Punjab Mental Hospital Lahore 1932-46 - 1932-1946
Year: 1932
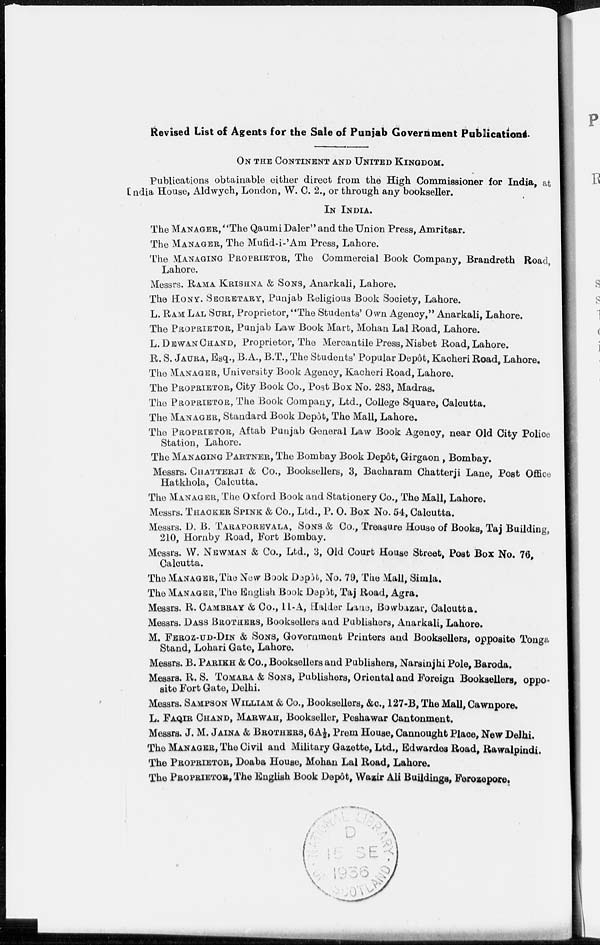
Revised List of Agents for the Sale of Punjab Government Publications.
ON THE CONTINENT AND UNITED KINGDOM.
Publications obtainable either direct from the High Commissioner for India, at
India House, Aldwych, London, W. C. 2., or through any bookseller.
IN INDIA.
The MANAGER, "The Qaumi Daler" and the Union Press, Amritsar.
The MANAGER, The Mufid-i-'Am Press, Lahore.
The MANAGING PROPRIETOR, The Commercial Book Company, Brandreth Road,
Lahore.
Messrs. RAMA KRISHNA & SONS, Anarkali, Lahore.
The HONY. SECRETARY Punjab Religious Book Society, Lahore.
L. RAM LAL SURI, Proprietor, "The Students' Own Agency," Anarkali, Lahore.
The PROPRIETOR, Punjab Law Book Mart, Mohan Lal Road, Lahore.
L. DEWAN CHAND, Proprietor, The Mercantile Press, Nisbet Road, Lahore.
R. S. JAURA, Esq., B.A., B.T., The Students' Popular Depôt, Kacheri Road, Lahore.
The MANAGER, University Book Agency, Kacheri Road, Lahore.
The PROPRIETOR, City Book Co., Post Box No. 283, Madras.
The PROPRIETOR, The Book Company, Ltd., College Square, Calcutta.
The MANAGER, Standard Book Depôt, The Mall, Lahore.
The PROPRIETOR, Aftab Punjab General Law Book Agency, near Old City Police
Station, Lahore.
The MANAGING PARTNER, The Bombay Book Depôt, Girgaon, Bombay.
Messrs. CHATTERJI & Co., Booksellers, 3, Bacharam Chatterji Lane, Post Office
Hatkhola, Calcutta.
The MANAGER, The Oxford Book and Stationery Co., The Mall, Lahore.
Messrs. THACKER SPINK & Co., Ltd., P.O. Box No. 54, Calcutta.
Messrs. D. B. TARAPOREVALA, SONS & Co., Treasure House of Books, Taj Building,
210, Hornby Road, Fort Bombay.
Messrs. W. NEWMAN & Co., Ltd., 3, Old Court House Street, Post Box No. 76,
Calcutta.
The MANAGER,The New Book Depôt, No. 79, The Mall, Simla.
The MANAGER,The English Book Depôt, Taj Road, Agra.
Messrs. R. CAMBRAY & Co., 11-A, Halder Lane, Bowbazar, Calcutta.
Messrs. DASS BROTHERS, Booksellers and Publishers, Anarkali, Lahore.
M. FEROZ-UD-DIN & SONS, Government Printers and Booksellers, opposite Tonga
Stand, Lohari Gate, Lahore.
Messrs. B. PARIKH & Co., Booksellers and Publishers, Narsinjhi Pole, Baroda.
Messrs. R. S. TOMARA & SONS, Publishers, Oriental and Foreign Booksellers, oppo-
site Fort Gate, Delhi.
Messrs. SAMPSON WILLIAM & Co., Booksellers, &c., 127-B, The Mall, Cawnpore.
L. FAQIR CHAND, MARWAH, Bookseller, Peshawar Cantonment.
Messrs. J. M. JAINA & BROTHERS, 6A½, Prem House, Cannought Place, New Delhi.
The MANAGER, The Civil and Military Gazette, Ltd., Edwardes Road, Rawalpindi.
The PROPRIETOR, Doaba House, Mohan Lal Road, Lahore.
The PROPRIETOR, The English Book Depôt, Wazir Ali Buildings, Ferozepore.